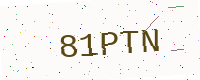
Text: 81PTN